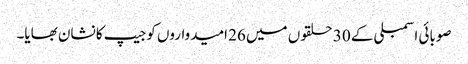
صوبائی اسمبلی کے 30 حلقوں میں 26 امیدواروں کوجیپ کا نشان بھایا۔